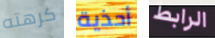
كرهته أحذية الرابط